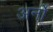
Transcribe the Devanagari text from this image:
अर्नो